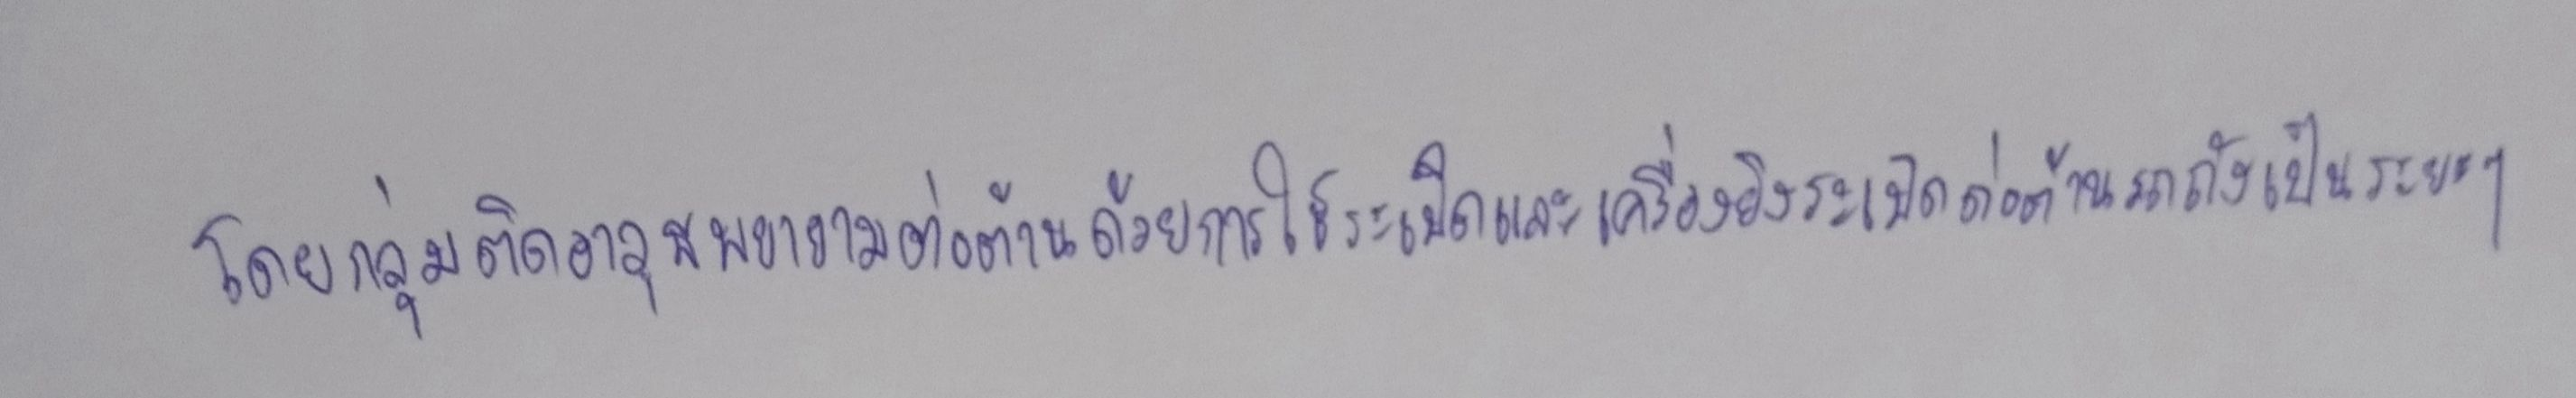
โดยกลุ่มติดอาวุธพยายามต่อต้านด้วยการใช้กับระเบิดและเครื่องยิงระเบิดต่อต้านรถถังเป็นระยะๆ